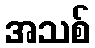
အသစ်